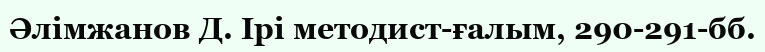
Әлімжанов Д. Ірі методист-ғалым, 290-291-бб.